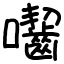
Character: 囓